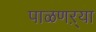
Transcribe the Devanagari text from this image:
पाळणऱ्या